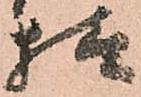
様